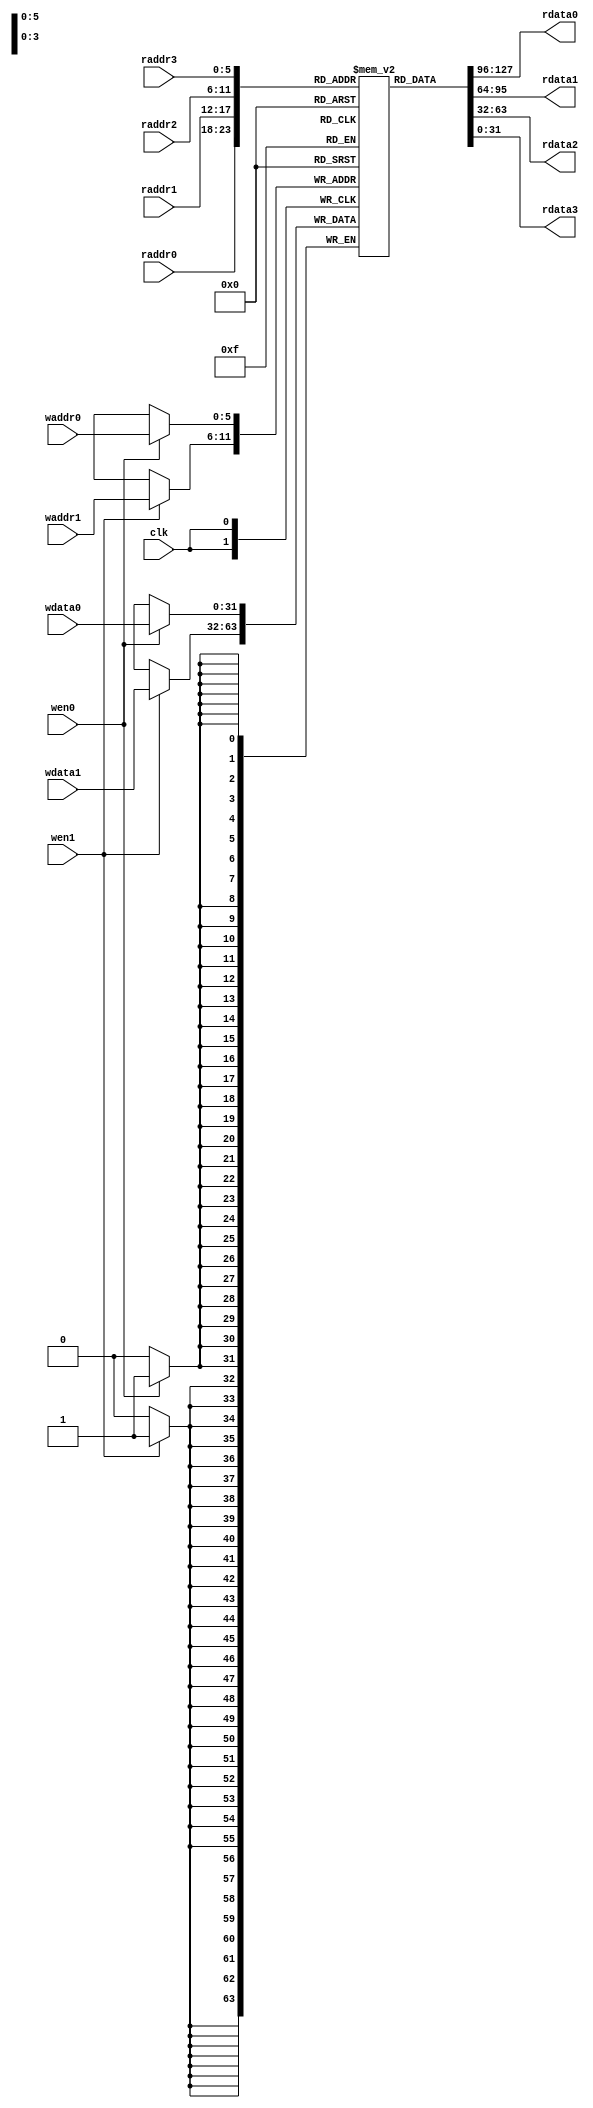
module RF_FP (
	clk,
	waddr0,
	wdata0,
	wen0,
	waddr1,
	wdata1,
	wen1,
	raddr0,
	rdata0,
	raddr1,
	rdata1,
	raddr2,
	rdata2,
	raddr3,
	rdata3
);
	parameter SIZE = 64;
	parameter WIDTH = 32;
	input wire clk;
	input wire [5:0] waddr0;
	input wire [WIDTH - 1:0] wdata0;
	input wire wen0;
	input wire [5:0] waddr1;
	input wire [WIDTH - 1:0] wdata1;
	input wire wen1;
	input wire [5:0] raddr0;
	output reg [WIDTH - 1:0] rdata0;
	input wire [5:0] raddr1;
	output reg [WIDTH - 1:0] rdata1;
	input wire [5:0] raddr2;
	output reg [WIDTH - 1:0] rdata2;
	input wire [5:0] raddr3;
	output reg [WIDTH - 1:0] rdata3;
	integer i;
	reg [WIDTH - 1:0] mem [SIZE - 1:0];
	always @(*) begin
		rdata0 = mem[raddr0];
		rdata1 = mem[raddr1];
		rdata2 = mem[raddr2];
		rdata3 = mem[raddr3];
	end
	always @(posedge clk) begin
		if (wen0)
			mem[waddr0] <= wdata0;
		if (wen1)
			mem[waddr1] <= wdata1;
	end
endmodule